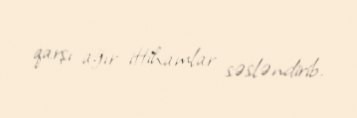
qarşı ağır ittihamlar səsləndirib.